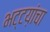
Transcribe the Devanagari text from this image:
भट्टय़ांचा